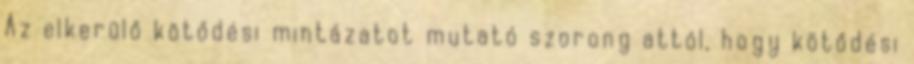
Az elkerülő kötődési mintázatot mutató szorong attól, hogy kötődési